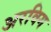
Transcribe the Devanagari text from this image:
अरविग